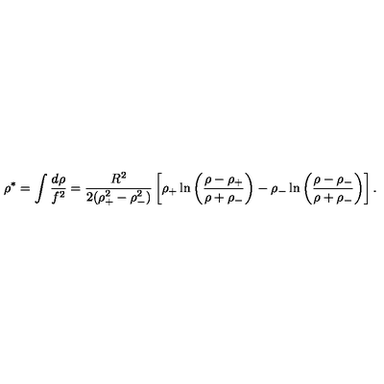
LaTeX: \rho ^ { * } = \int { \frac { d \rho } { f ^ { 2 } } } = { \frac { R ^ { 2 } } { 2 ( \rho _ { + } ^ { 2 } - \rho _ { - } ^ { 2 } ) } } \left[ \rho _ { + } \ln \left( { \frac { \rho - \rho _ { + } } { \rho + \rho _ { - } } } \right) - \rho _ { - } \ln \left( { \frac { \rho - \rho _ { - } } { \rho + \rho _ { - } } } \right) \right] .